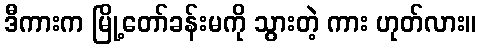
ဒီကားက မြို့တော်ခန်းမကို သွားတဲ့ ကား ဟုတ်လား။